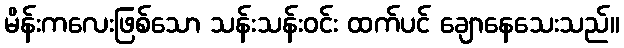
မိန်းကလေးဖြစ်သော သန်းသန်းဝင်း ထက်ပင် ချောနေသေးသည်။